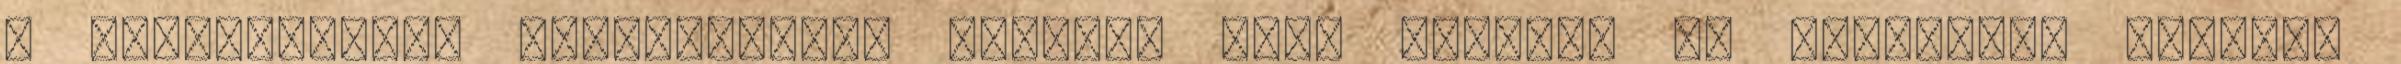
a gyermekemnek szólíthatom. Érdemes Fiam életére és halálára. Annyira